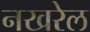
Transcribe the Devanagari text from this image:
नखरेल